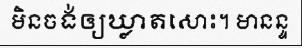
មិនចង់ឲ្យឃ្លាតសោះ។ មានន្ទ